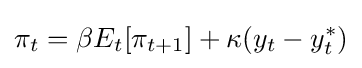
\pi _{t}=\beta E_{t}[\pi _{t+1}]+\kappa (y_{t}-y_{t}^{*})